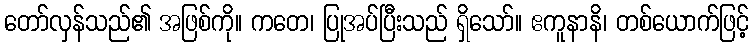
တော်လှန်သည်၏ အဖြစ်ကို။ ကတေ၊ ပြုအပ်ပြီးသည် ရှိသော်။ ဧကူနာနိ၊ တစ်ယောက်ဖြင့်